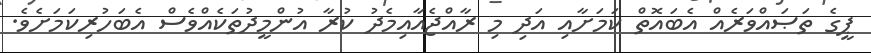
ޕީގެ ތަޞައްވަރެއް އެބައޮތް ކަމަށާއި އަދި މި ރާއްޖެއާއިމެދު ކުރާ އުންމީދުތަކެއްވެސް އެބަހުރިކަމަށެވެ.